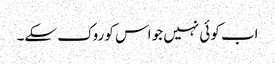
اب کوئی نہیں جو اس کو روک سکے۔